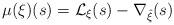
LaTeX: \begin{align*}\mu(\xi)(s) = \mathcal{L}_{\xi}(s) - \nabla_{\hat{\xi}}(s)\end{align*}